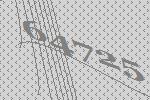
64725